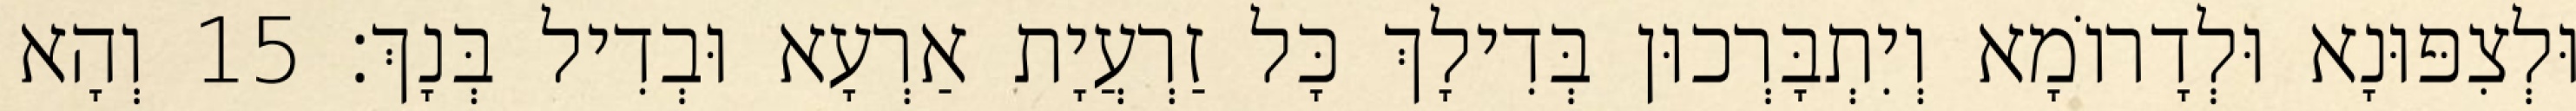
וּלְצִפּוּנָא וּלְדָרוֹמָא וְיִתְבָּרְכוּן בְּדִילָךְ כָּל זַרְעֲיָת אַרְעָא וּבְדִיל בְּנָךְ׃ 15 וְהָא